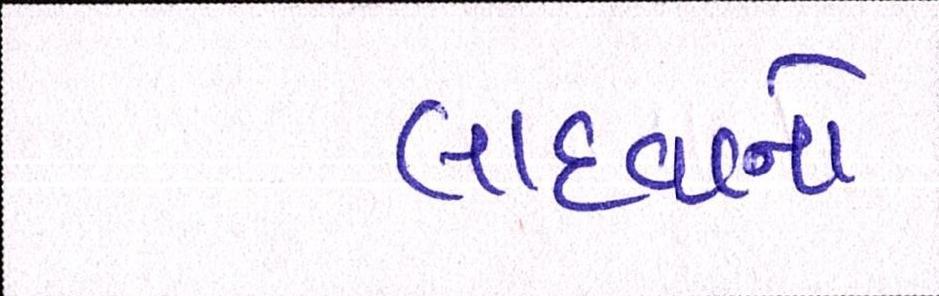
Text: લાદવાનો